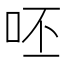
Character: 呸